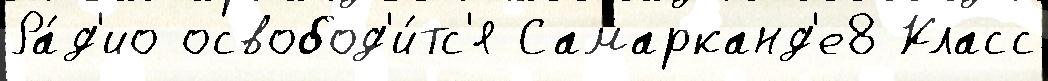
Ра́д'ио освобод'и́тс'я Самарканд'е8 Класс